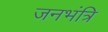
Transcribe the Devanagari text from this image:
जनभंत्रि